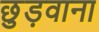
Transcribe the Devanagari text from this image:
छुड़वाना